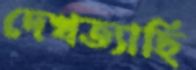
দেখত্যাছি